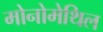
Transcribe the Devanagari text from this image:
मोनोमेथिल